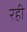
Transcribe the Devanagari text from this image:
रही